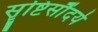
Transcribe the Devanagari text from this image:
सॄष्टिसौंदर्य